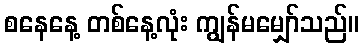
စနေနေ့ တစ်နေ့လုံး ကျွန်မမျှော်သည်။